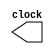
module gen_clk (clock);

output clock;
reg clock;

initial begin
clock = 0;
end

always begin
 #5 clock = !clock;
end

endmodule